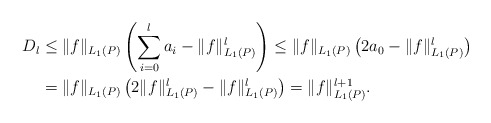
\begin{align*} D_l & \leq \|f\|_{L_1(P)} \left( \sum_{i=0}^l a_i - \|f\|_{L_1(P)}^l \right) \leq \|f\|_{L_1(P)} \left( 2 a_0 - \|f\|_{L_1(P)}^l \right)\\& = \|f\|_{L_1(P)} \left( 2 \|f\|_{L_1(P)}^l - \|f\|_{L_1(P)}^l \right) = \|f\|_{L_1(P)}^{l+1}.\end{align*}